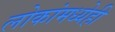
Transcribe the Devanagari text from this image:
लोकांमध्येही